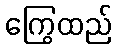
ကြွေထည်